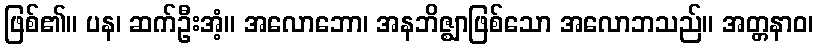
ဖြစ်၏။ ပန၊ ဆက်ဦးအံ့။ အလောဘော၊ အနဘိဇ္ဈာဖြစ်သော အလောဘသည်။ အတ္တနာဝ၊